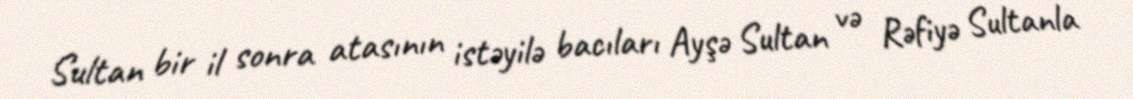
Sultan bir il sonra atasının istəyilə bacıları Ayşə Sultan və Rəfiyə Sultanla